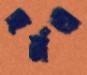
হর্নও